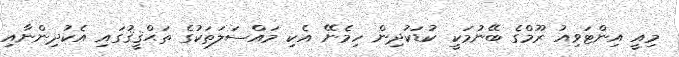
މިއީ އިންޓަވިއު ރޫމްގެ ބޭނުމަކީ ކުޑަކުދިން ހިމެނޭ އެކި މައްސަލަތަކުގެ ތަޙްޤީޤުގައި އެކުދިންނާއި